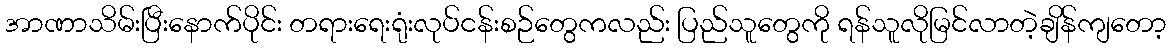
အာဏာသိမ်းပြီးနောက်ပိုင်း တရားရေးရုံးလုပ်ငန်းစဉ်တွေကလည်း ပြည်သူတွေကို ရန်သူလိုမြင်လာတဲ့ချိန်ကျတော့